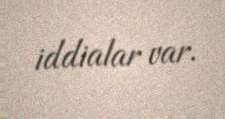
iddialar var.